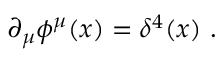
\partial _ { \mu } \phi ^ { \mu } ( x ) = \delta ^ { 4 } ( x ) \ .